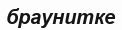
браунитке